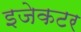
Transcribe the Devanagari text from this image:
इजेकटर